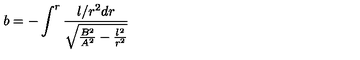
b = - \int ^ { r } \frac { l / r ^ { 2 } d r } { \sqrt { \frac { B ^ { 2 } } { A ^ { 2 } } - \frac { l ^ { 2 } } { r ^ { 2 } } } }